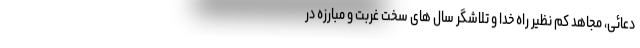
دعائی،‌ مجاهد کم نظیر راه خدا و تلاشگر سال های سخت غربت و مبارزه در